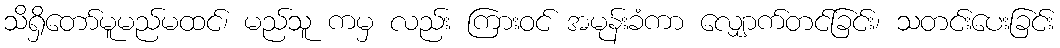
သိရှိတော်မူမည်မထင်၊ မည်သူ ကမှ လည်း ကြားဝင် အမုန်းခံကာ လျှောက်တင်ခြင်း၊ သတင်းပေးခြင်း